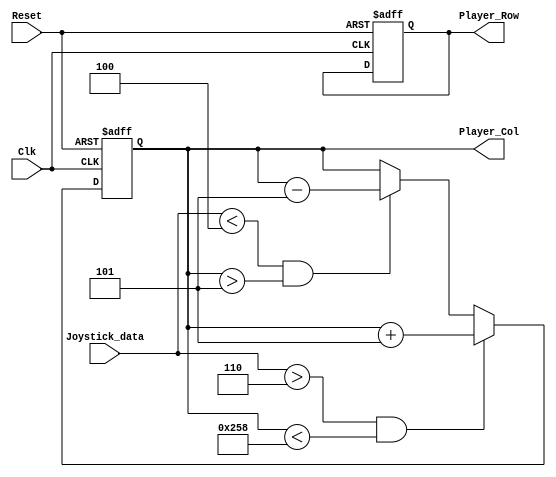
`timescale 1ns / 1ps
//////////////////////////////////////////////////////////////////////////////////
// Company: 
// Engineer: 
// 
// Design Name: 
// Module Name:    Player 
// Project Name: 
// Target Devices: 
// Tool versions: 
// Description: 
//
// Dependencies: 
//
// Revision: 
// Revision 0.01 - File Created
// Additional Comments: boundary checking
//
//////////////////////////////////////////////////////////////////////////////////
module Player(
    input Clk,
    input Reset,
    input [3:0] Joystick_data,
    output [8:0] Player_Row,
    output [9:0] Player_Col
    );
	 
	 reg [8:0] Player_Row_t;
	 reg [9:0] Player_Col_t;
	 
	 assign Player_Row = Player_Row_t;
	 assign Player_Col = Player_Col_t;
	 
	 always @(posedge Clk, posedge Reset)
	 begin
		if (Reset)
		begin
			Player_Col_t <= 310;
			Player_Row_t <= 420;
		end
		else if (Joystick_data > 6 && Player_Col_t < 600)
			Player_Col_t <= Player_Col_t + 5;
		else if (Joystick_data < 4 && Player_Col_t > 5)
			Player_Col_t <= Player_Col_t - 5;
	 end


endmodule